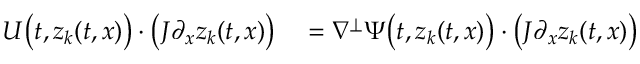
\begin{array} { r l } { U \big ( t , z _ { k } ( t , x ) \big ) \cdot \big ( J \partial _ { x } z _ { k } ( t , x ) \big ) } & { { } = \nabla ^ { \perp } \Psi \big ( t , z _ { k } ( t , x ) \big ) \cdot \big ( J \partial _ { x } z _ { k } ( t , x ) \big ) } \end{array}